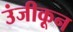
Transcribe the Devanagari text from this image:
उंजीकून